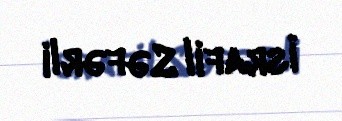
İsrafil Səfərli